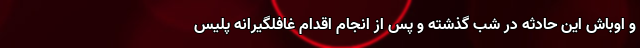
و اوباش این حادثه در شب گذشته و پس از انجام اقدام غافلگیرانه پلیس